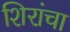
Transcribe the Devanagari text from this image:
शिरांचा